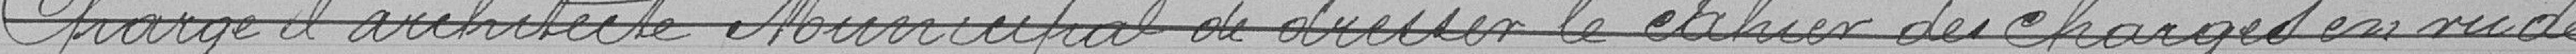
Charge l'architecte Municipal de dresser le cahier des charges en vu de